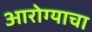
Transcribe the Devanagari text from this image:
आरोग्याचा